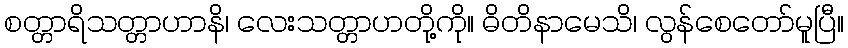
စတ္တာရိသတ္တာဟာနိ၊ လေးသတ္တာဟတို့ကို။ ဓိတိနာမေသိ၊ လွန်စေတော်မူပြီ။